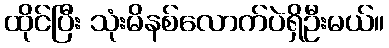
ထိုင်ပြီး သုံးမိနစ်လောက်ပဲရှိဦးမယ်။